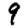
Digit: 9